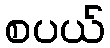
စပယ်